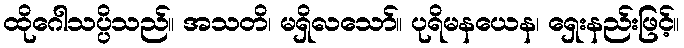
ထိုဂေါသပ္ပိသည်။ အသတိ၊ မရှိလသော်။ ပုရိမနယေန၊ ရှေးနည်းဖြင့်။